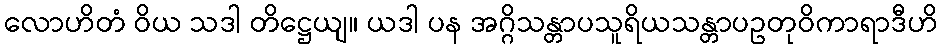
လောဟိတံ ဝိယ သဒါ တိဋ္ဌေယျ။ ယဒါ ပန အဂ္ဂိသန္တာပသူရိယသန္တာပဥတုဝိကာရာဒီဟိ